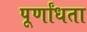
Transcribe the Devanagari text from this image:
पूर्णांधता